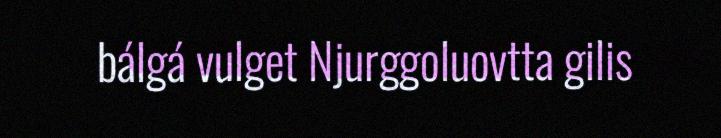
bálgá vulget Njurggoluovtta gilis